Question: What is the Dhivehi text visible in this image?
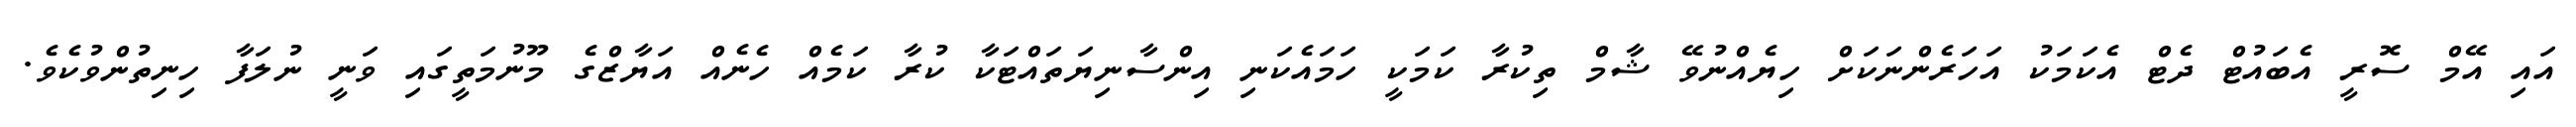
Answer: އައި އޭމް ސޮރީ އެބައުޓް ދެޓް އެކަމަކު އަހަރެންނަކަށް ހިޔެއްނުވޭ ޝާމް ތިކުރާ ކަމަކީ ހަމައެކަނި އިންސާނިޔަތައްޓަކާ ކުރާ ކަމެއް ހެނެއް އަޔާޒްގެ މޫނުމަތީގައި ވަނީ ނުލަފާ ހިނިތުންވުކެވެ.